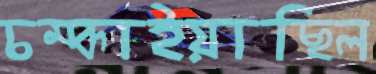
চম্‌কাইয়াছিল